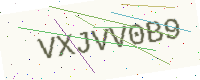
Text: VXJVV0B9